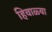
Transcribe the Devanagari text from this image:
हिवाळ्या